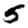
Digit: 5